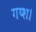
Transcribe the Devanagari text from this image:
गय्श।